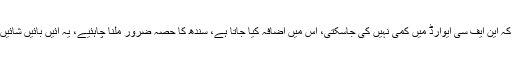
انہوں نے کہا کہ این ایف سی ایوارڈ میں کمی نہیں کی جاسکتی، اس میں اضافہ کیا جاتا ہےِ، سندھ کا حصہ ضرور ملنا چاہئیے، یہ آئیں بائیں شائیں کر رہے ہیں۔